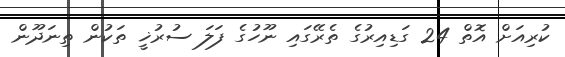
ކުރިއަށް އޮތް 24 ގަޑިއިރުގެ ތެރޭގައި ނޫހުގެ ފަލަ ސުރުޚީ ތަކުން ތިނަދޫން